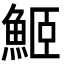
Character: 䱌